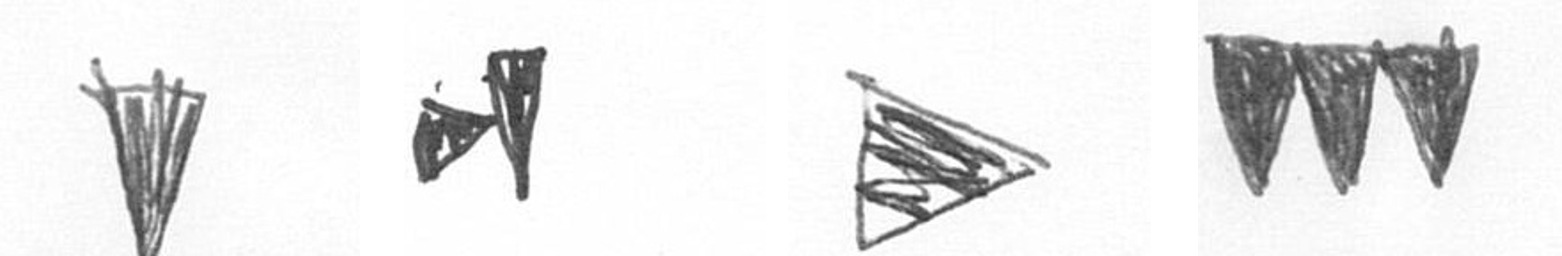
J M T L